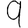
Digit: 9